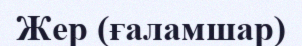
Жер (ғаламшар)